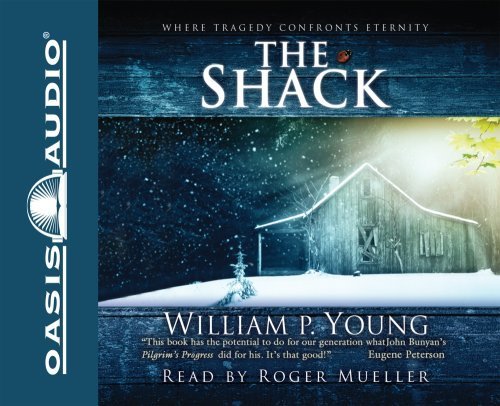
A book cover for The Shack: Where Tragedy Confronts Eternity [Audio CD]; William Paul Young; Christian Books & Bibles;